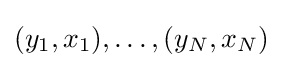
(y_{1},x_{1}),\dots ,(y_{N},x_{N})